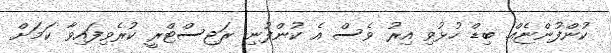
ކުންފުންޏެއް. ބިޑް ހުޅުވި އިރު ވެސް އެ ކުންފުނި ރަޖިސްޓްރީ ކުރެވިފައިވާ ކަމަށް